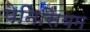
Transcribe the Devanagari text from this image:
पेनिसियम